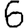
Digit: 6